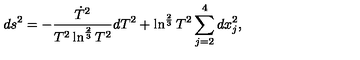
d s ^ { 2 } = - \frac { \dot { T } ^ { 2 } } { T ^ { 2 } \ln ^ { \frac { 2 } { 3 } } T ^ { 2 } } d T ^ { 2 } + \ln ^ { \frac { 2 } { 3 } } T ^ { 2 } \sum _ { j = 2 } ^ { 4 } d x _ { j } ^ { 2 } ,